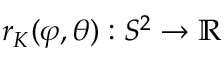
r _ { K } ( \varphi , \theta ) : S ^ { 2 } \to \mathbb { R }